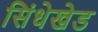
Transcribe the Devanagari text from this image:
सिंधेखेड